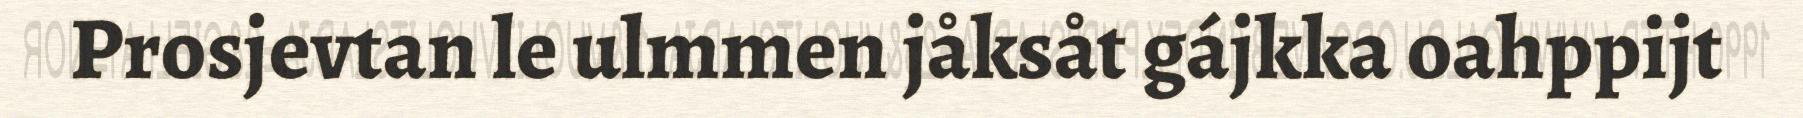
Prosjevtan le ulmmen jåksåt gájkka oahppijt